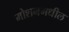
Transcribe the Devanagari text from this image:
मोशनमधील